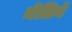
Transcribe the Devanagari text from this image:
मेलिगे